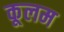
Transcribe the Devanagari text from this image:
कूलम